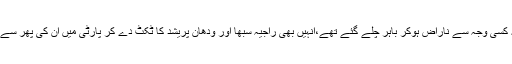
جو لوگ پارٹی سے کسی نہ کسی وجہ سے ناراض ہوکر باہر چلے گئے تھے،انہیں بھی راجیہ سبھا اور ودھان پریشد کا ٹکٹ دے کر پارٹی میں ان کی پھر سے واپسی طے کی جارہی ہے۔